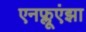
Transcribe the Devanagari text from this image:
एनफ्लूएंझा